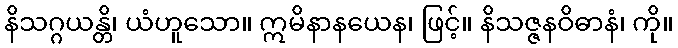
နိသဂ္ဂယန္တိ၊ ယံဟူသော။ ဣမိနာနယေန၊ ဖြင့်။ နိသဇ္ဇနဝိဓာနံ၊ ကို။